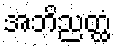
အဘိညတ္ထံ